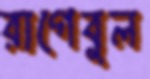
রাগেবুল